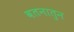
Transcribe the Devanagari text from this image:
वतनातुन